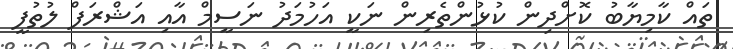
ތައް ކާމިޔާބު ކޮށްދިން ކުޅުންތެރިން ނަކީ އަހުމަދު ނަސީމް އާއި އަޝްރަފް ލުތުފީ